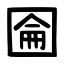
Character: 圇